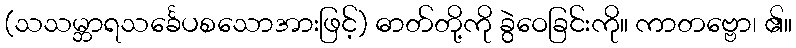
(သသမ္ဘာရသင်္ခေပစသောအားဖြင့်) ဓာတ်တို့ကို ခွဲဝေခြင်းကို။ ကာတဗ္ဗော၊ ၏။